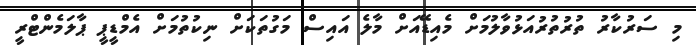
މި ސަރުކާރު ތުރުތުރުއަޅުވާލުމަށް މެއިޑޭއަށް މާލެ އައިސް މަގުތަކަށް ނިކުތުމަށް އެމްޑީޕީ ޕާލަމެންޓްރީ